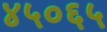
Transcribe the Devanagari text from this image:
४५०६५